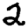
Digit: 2